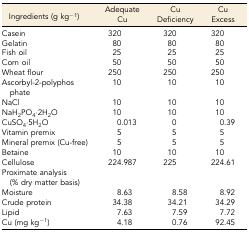
| Ingredients (g kg−1) | Adequate Cu | Cu Deficiency | Cu Excess |
 | --- | --- | --- | --- |
 | Casein | 320 | 320 | 320 |
 | Gelatin | 80 | 80 | 80 |
 | Fish oil | 25 | 25 | 25 |
 | Corn oil | 50 | 50 | 50 |
 | Wheat flour | 250 | 250 | 250 |
 | Ascorbyl-2-polyphosphate | 10 | 10 | 10 |
 | NaCl | 10 | 10 | 10 |
 | NaH2PO4⋅2H2O | 10 | 10 | 10 |
 | CuSO4⋅5H2O | 0.013 | 0 | 0.39 |
 | Vitamin premix | 5 | 5 | 5 |
 | Mineral premix (Cu-free) | 5 | 5 | 5 |
 | Betaine | 10 | 10 | 10 |
 | Cellulose | 224.987 | 225 | 224.61 |
 | Proximate analysis (% dry matter basis) |  |  |  |
 | Moisture | 8.63 | 8.58 | 8.92 |
 | Crude protein | 34.38 | 34.21 | 34.29 |
 | Lipid | 7.63 | 7.59 | 7.72 |
 | Cu (mg kg−1) | 4.18 | 0.76 | 92.45 |